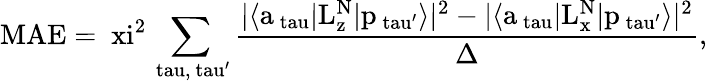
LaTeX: \mathrm{MAE=\ xi^{2}\sum_{\ tau,\ tau^{\prime}}\frac{|\langle a_{\ tau}|L_{z}^{N}|p_{\ tau^{\prime}}\rangle|^{2}-|\langle a_{\ tau}|L_{x}^{N}|p_{\ tau^{\prime}}\rangle|^{2}}{\Delta},}